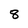
Character: 8